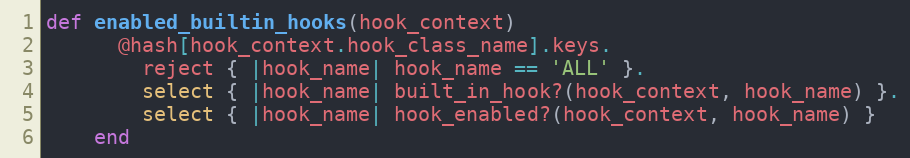
Language: Ruby
def enabled_builtin_hooks(hook_context)
      @hash[hook_context.hook_class_name].keys.
        reject { |hook_name| hook_name == 'ALL' }.
        select { |hook_name| built_in_hook?(hook_context, hook_name) }.
        select { |hook_name| hook_enabled?(hook_context, hook_name) }
    end